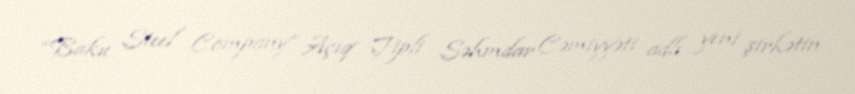
“Baku Steel Company” Açıq Tipli Səhmdar Cəmiyyəti adlı yeni şirkətin